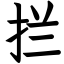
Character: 拦